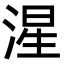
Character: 湦